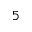
^ 5